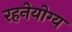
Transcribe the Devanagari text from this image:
रहनेयोग्य